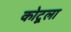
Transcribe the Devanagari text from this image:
कोटूला